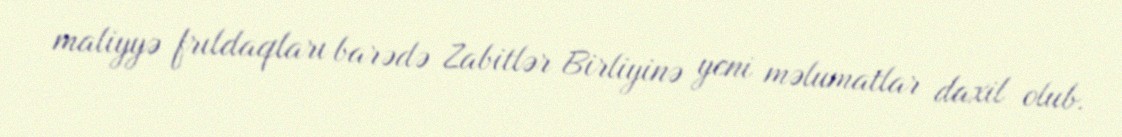
maliyyə frıldaqları barədə Zabitlər Birliyinə yeni məlumatlar daxil olub.